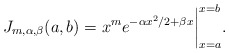
\begin{align*} J_{m, \alpha, \beta}(a, b) = x^me^{-\alpha x^2/2 + \beta x}\bigg|_{x = a}^{x = b}.\end{align*}